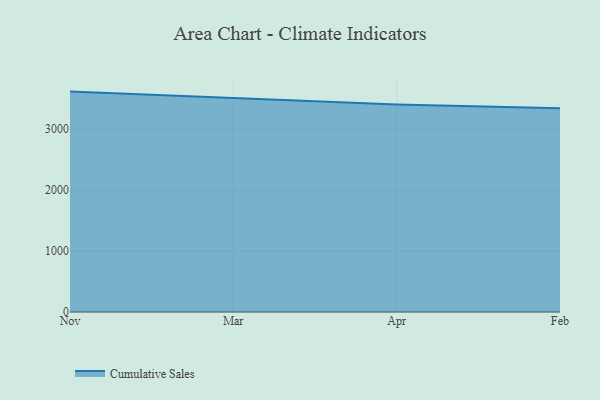
{"axis": {"x": "Month", "y": "Backlog"}, "legend": ["Cumulative Sales"], "data": [{"x": "Nov", "y": 3617.7, "type": "Cumulative Sales"}, {"x": "Mar", "y": 3507.2, "type": "Cumulative Sales"}, {"x": "Apr", "y": 3408.0, "type": "Cumulative Sales"}, {"x": "Feb", "y": 3344.2, "type": "Cumulative Sales"}]}